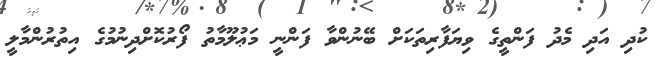
ކުދި އަދި މެދު ފަންތީގެ ވިޔަފާރިތަކަށް ބޭނުންވާ ފަންނީ މަޢުލޫމާތު ފޯރުކޮށްދިނުމުގެ އިތުރުންމާލީ